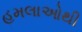
હમલાઓથી